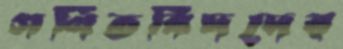
গণিতবিদদের